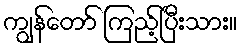
ကျွန်တော် ကြည့်ပြီးသား။